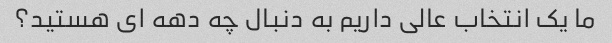
ما یک انتخاب عالی داریم به دنبال چه دهه ای هستید؟